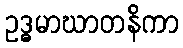
ဥဒ္ဓမာဃာတနိကာ